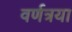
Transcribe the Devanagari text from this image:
वर्णत्रया